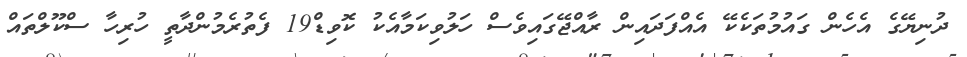
ދުނިޔޭގެ އެހެން ގައުމުތަކެކޭ އެއްފަދައިން ރާއްޖޭގައިވެސް ހަލުވިކަމާއެކު ކޮވިޑް19 ފެތުރެމުންދާތީ ހުރިހާ ސްކޫލްތައް